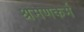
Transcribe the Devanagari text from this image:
श्रमणकर्म